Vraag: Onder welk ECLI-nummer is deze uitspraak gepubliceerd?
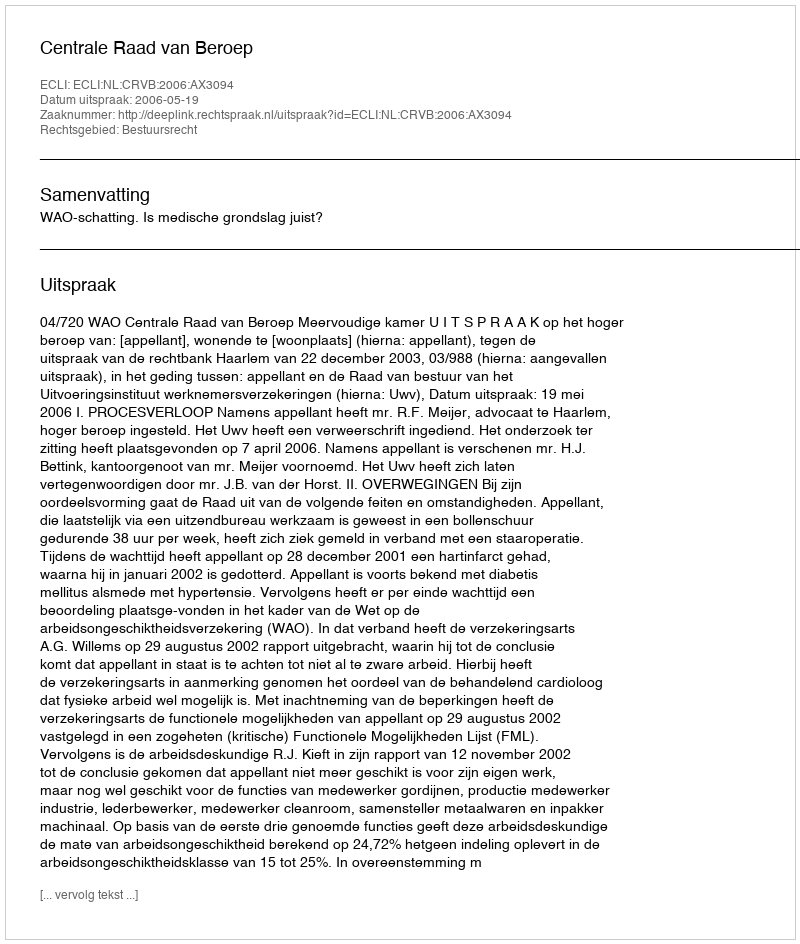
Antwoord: ECLI:NL:CRVB:2006:AX3094